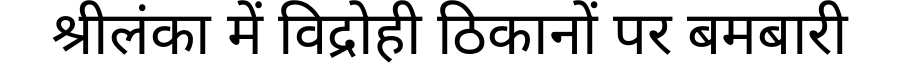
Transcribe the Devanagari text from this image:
श्रीलंका में विद्रोही ठिकानों पर बमबारी